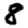
Digit: 8